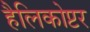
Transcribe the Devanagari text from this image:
हैलिकोप्टर